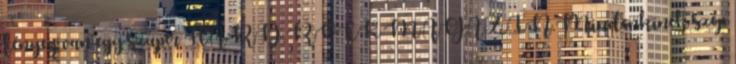
lényeg van egy szuper HARD ROCK MAGAZIN Mindenkinek szép